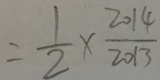
= \frac { 1 } { 2 } \times \frac { 2 0 1 4 } { 2 0 1 3 }